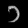
Digit: ၁